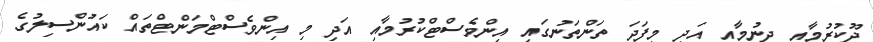
ދޫކުރުމާއި ދިނުމާއި އަދި މިފަދަ ތަންތަނުގައި އިންވެސްޓްކުރުމާއި އަދި މި އިންވެސްޓްމަންޓްތައް ކައުންސިލުގެ